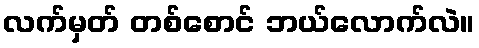
လက်မှတ် တစ်စောင် ဘယ်လောက်လဲ။